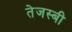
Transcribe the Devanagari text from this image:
तेजस्बी